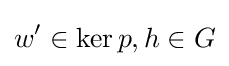
w'\in \ker p,h\in G